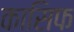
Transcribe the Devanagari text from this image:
कासिफ